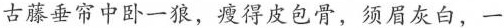
古藤垂帘中卧一狼，瘦得皮包骨，须眉灰白，一